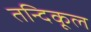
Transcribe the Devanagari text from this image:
तन्दिकूल